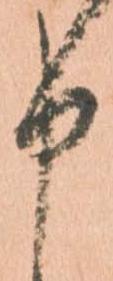
申